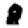
Digit: 8